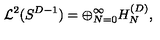
{ \cal L } ^ { 2 } ( S ^ { D - 1 } ) = \oplus _ { N = 0 } ^ { \infty } H _ { N } ^ { ( D ) } ,